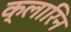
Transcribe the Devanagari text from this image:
क्लारिन